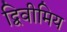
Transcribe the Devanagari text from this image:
द्विवीमिय